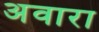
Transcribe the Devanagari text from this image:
अवारा